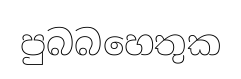
පුබබහෙතුක